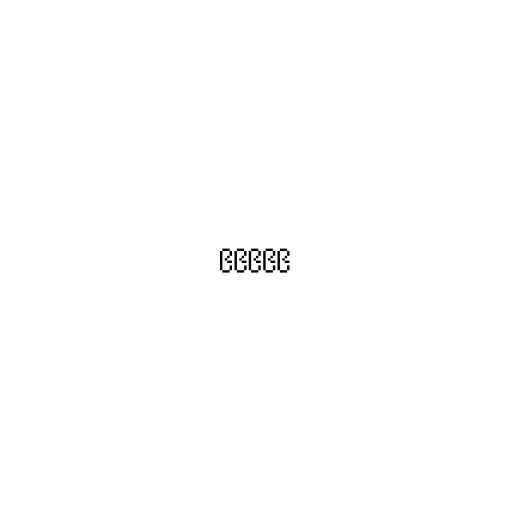
၉၉၉၉၉